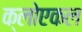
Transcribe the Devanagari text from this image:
क्लोएकल